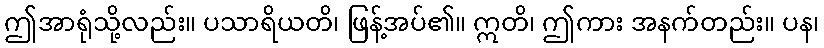
ဤအာရုံသို့လည်း။ ပသာရိယတိ၊ ဖြန့်အပ်၏။ ဣတိ၊ ဤကား အနက်တည်း။ ပန၊